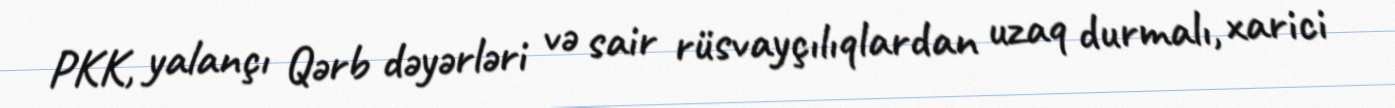
PKK, yalançı Qərb dəyərləri və sair rüsvayçılıqlardan uzaq durmalı, xarici